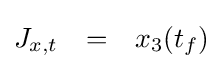
{\begin{matrix}J_{x,t}&=&x_{3}(t_{f})\\\end{matrix}}